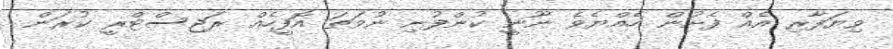
ވިޔަފާރި އެއް ފެށުން ހެއްޔެވެ ނޫނީ ކުންފުނި ނުވަތަ އޮފީހެއް ރަޖިސްޓްރީ ކުރަން